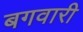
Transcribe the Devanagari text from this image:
बगवारी